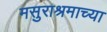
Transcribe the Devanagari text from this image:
मसुराश्रमाच्या